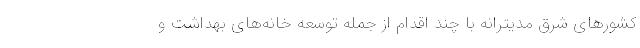
کشورهای شرق مدیترانه با چند اقدام از جمله توسعه خانه‌‌های بهداشت و